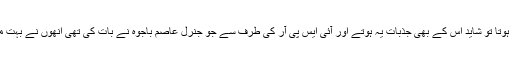
میں سمجھتا ہوں کہ عامر میر نے جذبات میں جو بات کی ہے وہ بات بالکل ان کی جگہ پر کوئی اور ہوتا تو شاید اس کے بھی جذبات یہ ہوتے اور آئی ایس پی آر کی طرف سے جو جنرل عاصم باجوہ نے بات کی تھی انھوں نے بہت مناسب بات کی تھی کہ عامر میر نے ایک جذباتی کیفیت میں بات کی ہے ہم اس کا احترام کرتے ہیں۔